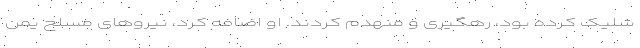
شلیک کرده بود،‌ رهگیری و منهدم کردند. او اضافه کرد، نیروهای مسلح یمن